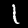
Digit: 1